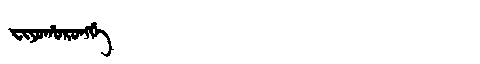
Manchu: ᠸᡳᠶᠣᡥᠣᡵᠣᠩᡤᡝ
Romanization: FIYOHORONGGE